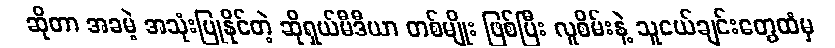
ဆိုတာ အခမဲ့ အသုံးပြုနိုင်တဲ့ ဆိုရှယ်မီဒီယာ တစ်မျိုး ဖြစ်ပြီး လူစိမ်းနဲ့ သူငယ်ချင်းတွေထံမှ